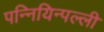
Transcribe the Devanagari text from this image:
पन्नियिन्पल्ली